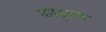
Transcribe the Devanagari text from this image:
कॉट्टयम